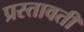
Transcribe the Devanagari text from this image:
प्रस्तावती